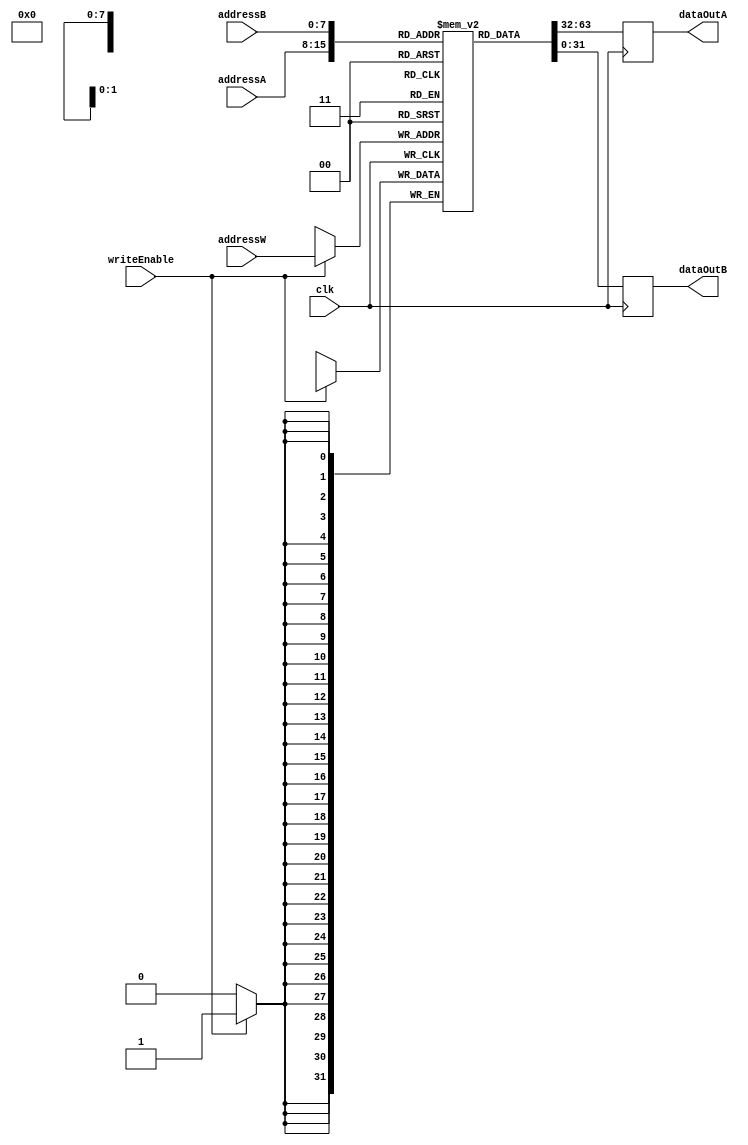
module RegisterFile (
    input wire [7:0] addressA, // Address for read port A
    input wire [7:0] addressB, // Address for read port B
    input wire [7:0] addressW, // Address for write port
    input wire writeEnable, // Write enable signal
    input wire clk, // Clock signal

    output reg [31:0] dataOutA, // Data output for read port A
    output reg [31:0] dataOutB // Data output for read port B
);

// Array of registers for storage
reg [31:0] registers [0:255];

always @(posedge clk) begin
    if(writeEnable) begin
        registers[addressW] <= dataIn;
    end
    dataOutA <= registers[addressA];
    dataOutB <= registers[addressB];
end

endmodule